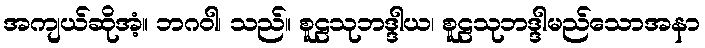
အကျယ်ဆိုအံ့။ ဘဂဝါ၊ သည်။ စူဠသုဘဒ္ဒါယ၊ စူဠသုဘဒ္ဒါမည်သောအနာ